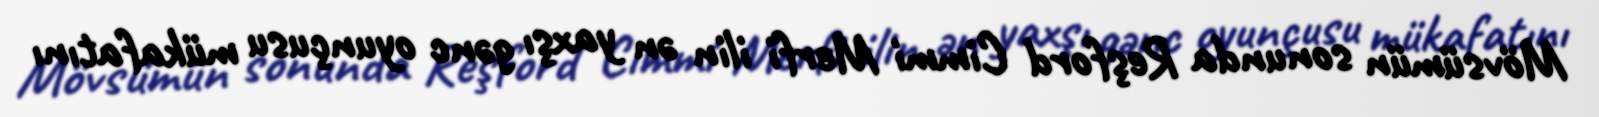
Mövsümün sonunda Reşford Cimmi Merfi ilin ən yaxşı gənc oyunçusu mükafatını